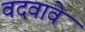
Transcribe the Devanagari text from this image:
वदवावे